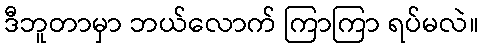
ဒီဘူတာမှာ ဘယ်လောက် ကြာကြာ ရပ်မလဲ။